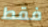
فقط